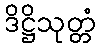
ဒိဋ္ဌိသုတ္တံ